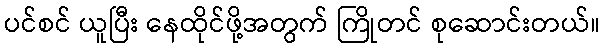
ပင်စင် ယူပြီး နေထိုင်ဖို့အတွက် ကြိုတင် စုဆောင်းတယ်။